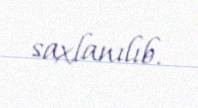
saxlanılıb.